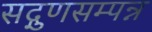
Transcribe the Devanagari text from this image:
सद्गुणसम्पन्न